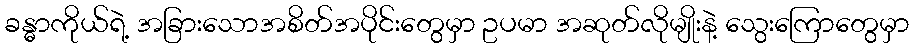
ခန္ဓာကိုယ်ရဲ့ အခြားသောအစိတ်အပိုင်းတွေမှာ ဥပမာ အဆုတ်လိုမျိုးနဲ့ သွေးကြောတွေမှာ